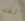
لفد